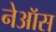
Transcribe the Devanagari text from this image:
नेऑस